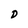
Character: D